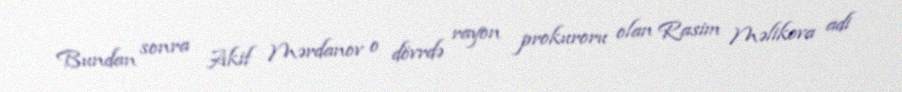
Bundan sonra Akif Mərdanov o dövrdə rayon prokuroru olan Rasim Məlikova adi